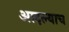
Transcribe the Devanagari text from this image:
आदल्याच